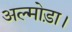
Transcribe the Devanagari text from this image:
अल्मोड़ा।